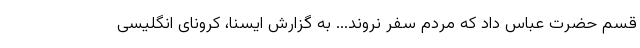
قسم حضرت عباس داد که مردم سفر نروند... به گزارش ایسنا، کرونای انگلیسی